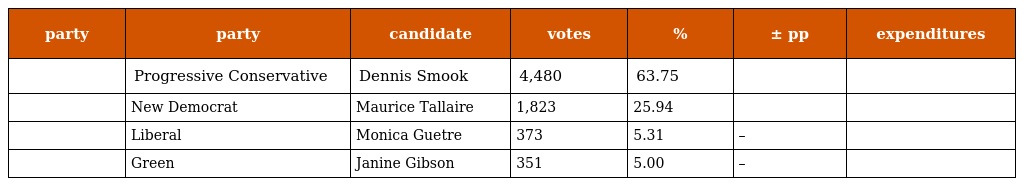
| party | party | candidate | votes | % | ± pp | expenditures |
 | --- | --- | --- | --- | --- | --- | --- |
 |  | Progressive Conservative | Dennis Smook | 4,480 | 63.75 |  |  |
 |  | New Democrat | Maurice Tallaire | 1,823 | 25.94 |  |  |
 |  | Liberal | Monica Guetre | 373 | 5.31 | – |  |
 |  | Green | Janine Gibson | 351 | 5.00 | – |  |